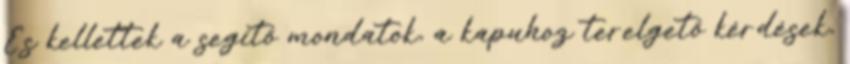
És kellettek a segítő mondatok, a kapuhoz terelgető kérdések,